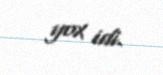
yox idi.